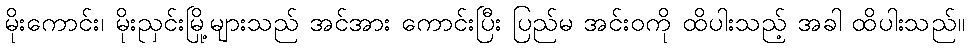
မိုးကောင်း၊ မိုးညှင်းမြို့များသည် အင်အား ကောင်းပြီး ပြည်မ အင်းဝကို ထိပါးသည့် အခါ ထိပါးသည်။